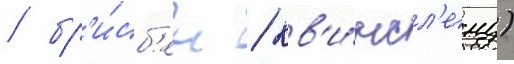
/ бр'и́сб'ен / кв'и́нсл'енд)